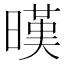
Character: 暵